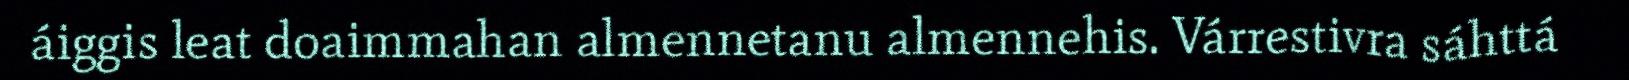
áiggis leat doaimmahan almennetanu almennehis. Várrestivra sáhttá